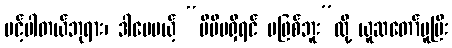
ပင့်ပါတယ်ဘုရား၊ ဒါပေမယ့် “မိမိမရှိရင် မဖြစ်ဘူး”လို့ ယူဆတော်မူပြီး